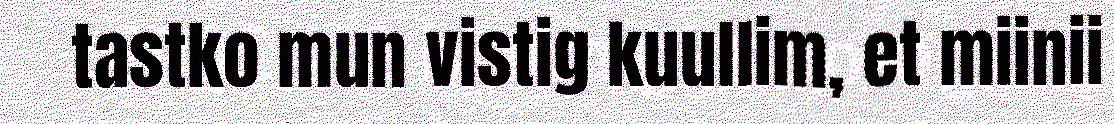
tastko mun vistig kuullim, et miinii